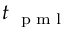
t _ { \mathrm { ~ \tiny ~ p ~ m ~ l ~ } }